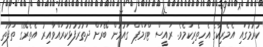
ކުރުމުގައި އެމެރިކާގެ އެހީތެރިކަމެވެ. ރައީސް ޓްރަަމްޕް ގައުމުން ބޭރަށް ދަތުރުފުޅުކުރައްވާއިރު އެތެރޭގެ ތަފާތު